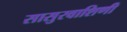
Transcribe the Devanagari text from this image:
सासुरवाशिणी